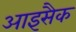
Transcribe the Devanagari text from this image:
आइसैक